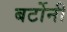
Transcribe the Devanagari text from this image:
बर्टोनी